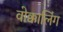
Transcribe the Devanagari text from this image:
वोक्कालिंग